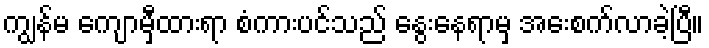
ကျွန်မ ကျောမှီထားရာ စံကားပင်သည် နွေးနေရာမှ အေးစက်လာခဲ့ပြီ။